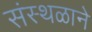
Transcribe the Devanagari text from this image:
संस्थळाने